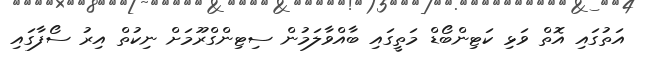
އަތުގައި އޮތް ވަޅި ކަޓިންބޯޑް މަތީގައި ބާއްވާލަމުން ސިޓިންގްރޫމަށް ނިކުތް އިރު ސޯފާގައި